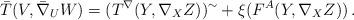
LaTeX: \begin{align*}\bar T(V,\bar \nabla_UW)=(T^\nabla(Y,\nabla_{X}Z))^{\sim}+\xi (F^ A( Y, \nabla_XZ))\,. \end{align*}